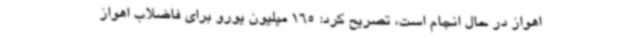
اهواز در حال انجام است، تصریح کرد: 165 میلیون یورو برای فاضلاب اهواز